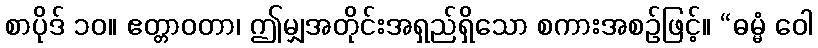
စာပိုဒ် ၁၀။ ဧတ္တာဝတာ၊ ဤမျှအတိုင်းအရှည်ရှိသော စကားအစဉ်ဖြင့်။ “ဓမ္မံ ဝေါ